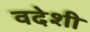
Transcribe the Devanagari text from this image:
वदेशी